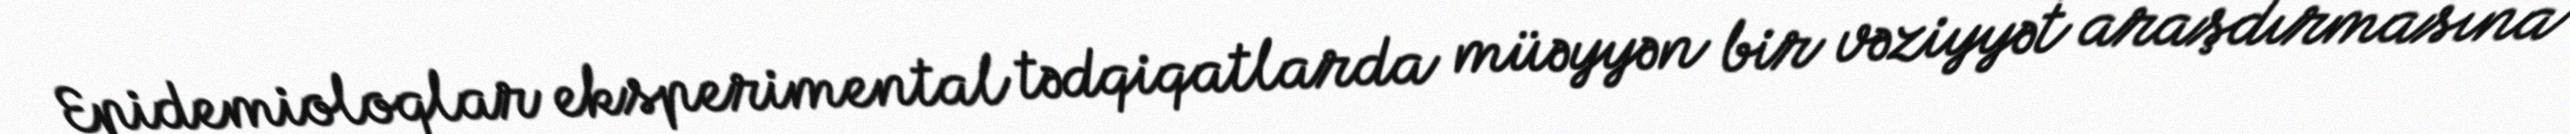
Epidemioloqlar eksperimental tədqiqatlarda müəyyən bir vəziyyət araşdırmasına